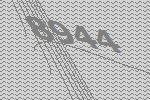
8944